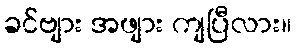
ခင်ဗျား အဖျား ကျပြီလား။